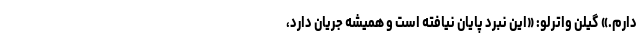
دارم.» گیلن واترلو: «این نبرد پایان نیافته است و همیشه جریان دارد،